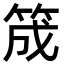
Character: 筬